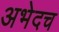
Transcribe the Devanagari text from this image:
अभेदच